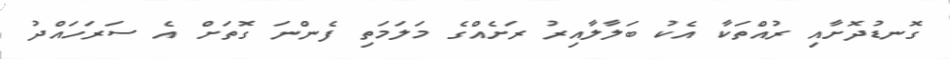
ގޮނޑުދޮށާއި ރުއްތަކާ އެކު ބަލާލާއިރު ރަށެއްގެ މަލަމަތި ފެންނަ ގޮތަށް އެ ސަރަހައްދު